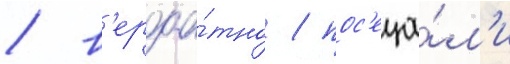
/ в'ероа́тно / пос'еща́л'и